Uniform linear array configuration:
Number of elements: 48
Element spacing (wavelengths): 1
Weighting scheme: hann
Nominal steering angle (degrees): -30
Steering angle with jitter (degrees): -28.993
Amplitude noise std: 0.05
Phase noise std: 0.05

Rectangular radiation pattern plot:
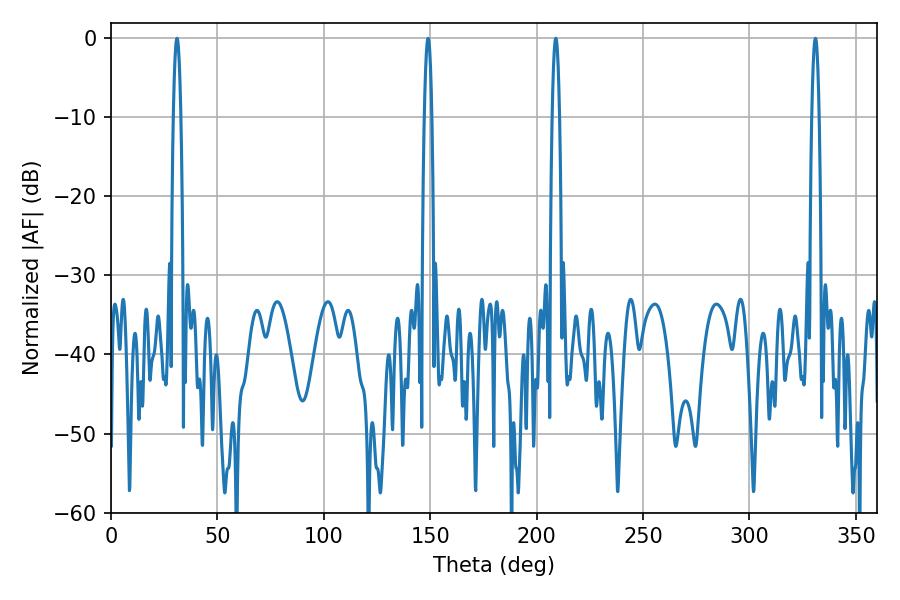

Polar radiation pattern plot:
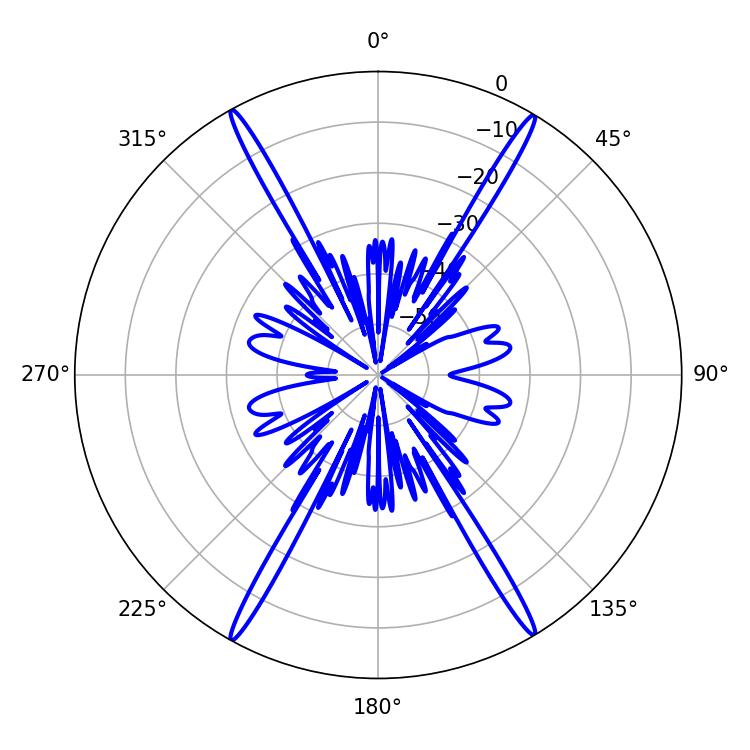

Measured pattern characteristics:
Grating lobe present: TRUE
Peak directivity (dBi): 28.247
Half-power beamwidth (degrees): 1.8
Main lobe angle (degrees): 208.98